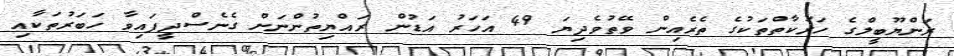
ރަންޔޫބީލްގެ ހަރަކާތްތަކުގެ ތެރެއިން ވޭތުވެދިޔަ 49 އަހަރު އަޑުން ރައްޔިތުންނަށް ގެނެސްދީފައިވާ ހަބަރުތަކާއި